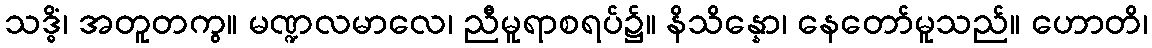
သဒ္ဓိံ၊ အတူတကွ။ မဏ္ဍလမာလေ၊ ညီမူရာစရပ်၌။ နိသိန္နော၊ နေတော်မူသည်။ ဟောတိ၊